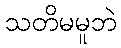
သတိမမူဘဲ